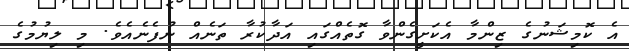
އެ ކޮމިޝަނުގެ ޒިންމާ އެކަށީގެންވާ ގޮތެއްގައި އަދާކުރާ ތަނެއް ނުފެނެއެވެ. މި ލިޔުމުގެ